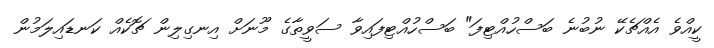
ކީއްވެ އެއްޗެކޭ ނުބުނެ ބަސްހުއްޓިފަ" ބަސްހުއްޓިފައިވާ ސަވީތާގެ މޫނަށް އިނގިލިން ޗޮކެއް ކަނޑައިލަމުން